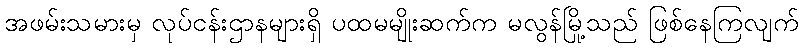
အဖမ်းသမားမှ လုပ်ငန်းဌာနများရှိ ပထမမျိုးဆက်က မလွန်မြို့သည် ဖြစ်နေကြလျက်